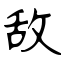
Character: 敌